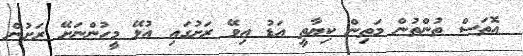
އޮތަސް ތުންތުން މަތިން ކިޔާތީ އަޑު އިވޭ ރަށުގައި އުޅޭ މީހުންނަށޭ ރަށުން